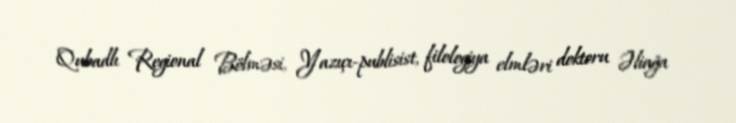
Qubadlı Regional Bölməsi, Yazıçı-publisist, filologiya elmləri doktoru Əliağa